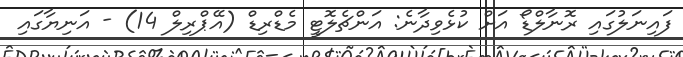
ފައިނަލުގައި ރޮނާލްޑޯ އަށް ކުޅެވިދާނެ: އަންޗެލޮޓީ މެޑްރިޑް (އޭޕްރިލް 14) - އަނިޔާގައި